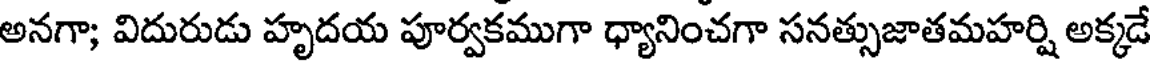
అనగా; విదురుడు హృదయ పూర్వకముగా ధ్యానించగా సనత్సుజాతమహర్షి అక్కడే